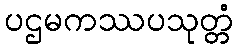
ပဌမကဿပသုတ္တံ